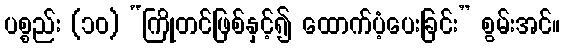
ပစ္စည်း (၁၀) “ကြိုတင်ဖြစ်နှင့်၍ ထောက်ပံ့ပေးခြင်း” စွမ်းအင်။